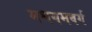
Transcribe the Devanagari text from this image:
मधयमवर्ग